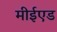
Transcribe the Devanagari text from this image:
मीईएड